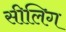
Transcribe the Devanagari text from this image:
सीलिग